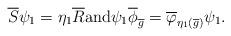
LaTeX: \begin{align*}\overline{S}\psi_1=\eta_1 \overline{R} \textrm{and} \psi_1 \overline{\phi}_{\overline{g}}= \overline{\varphi}_{\eta_1(\overline{g})} \psi_1.\end{align*}